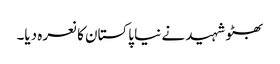
بھٹو شہید نے نیا پاکستان کا نعرہ دیا۔